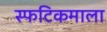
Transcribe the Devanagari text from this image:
स्फटिकमाला